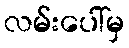
လမ်းပေါ်မှ